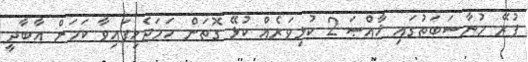
ފުރޭ މުނާސަބަތުގައި ޚާއްޞަ 2 ކުޅިވަރެއް ކުޅޭ ގޮތަށް ހަމަޖެހިފައިވާ ކަމަށް އާބާދީ